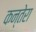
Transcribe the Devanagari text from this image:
कन्तेरा